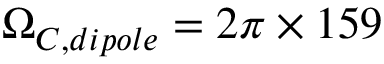
\Omega _ { C , d i p o l e } = 2 \pi \times 1 5 9